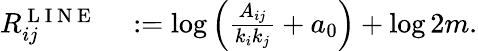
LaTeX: \begin{array}{rl}{R_{ij}^{\mathrm{~L~I~N~E~}}}&{{}:=\log\left(\frac{A_{ij}}{k_{i}k_{j}}+a_{0}\right)+\log 2m.}\end{array}